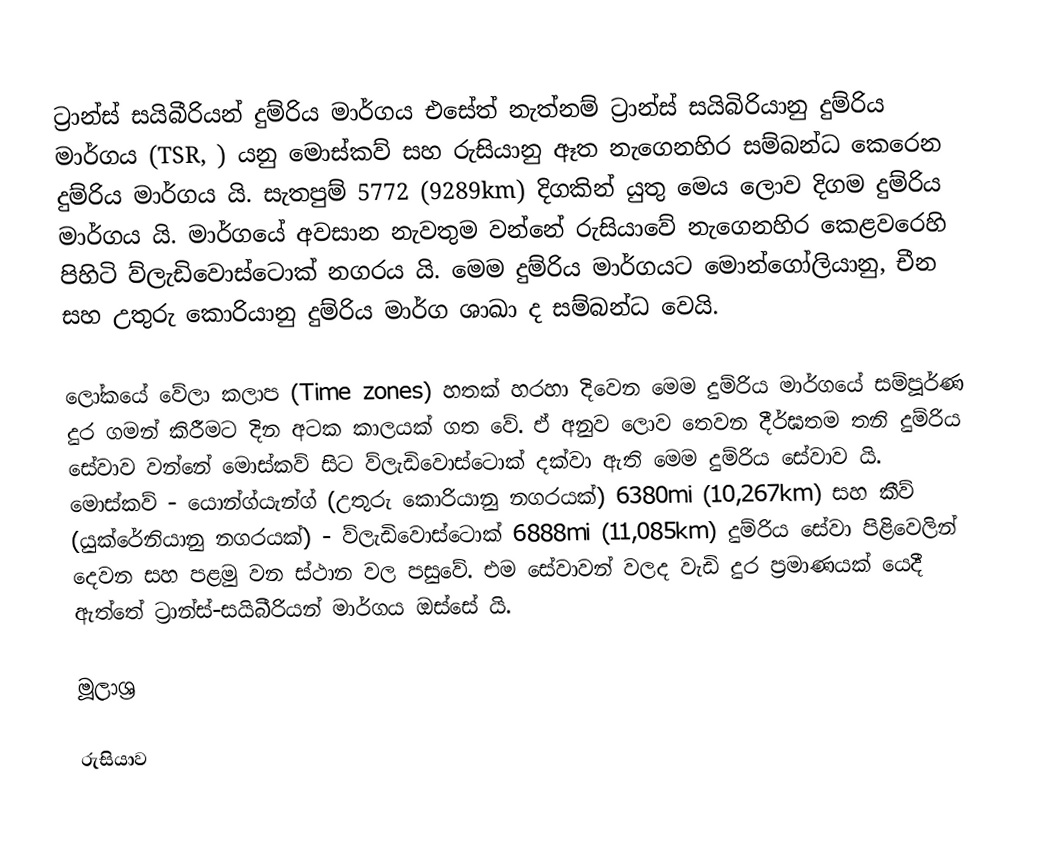
ට්‍රාන්ස් සයිබීරියන් දුම්රිය මාර්ගය එසේත් නැත්නම් ට්‍රාන්ස්‌ සයිබිරියානු දුම්රිය මාර්ගය (TSR, ) යනු මොස්කව් සහ රුසියානු ඈත නැගෙනහිර සම්බන්ධ කෙරෙන දුම්රිය මාර්ගය යි. සැතපුම් 5772 (9289km) දිගකින් යුතු මෙය ලොව දිගම දුම්රිය මාර්ගය යි. මාර්ගයේ අවසාන නැවතුම වන්නේ රුසියාවේ නැගෙනහිර කෙළවරෙහි පිහිටි ව්ලැඩිවොස්ටොක් නගරය යි. මෙම දුම්රිය මාර්ගයට මොන්ගෝලියානු, චීන සහ උතුරු කොරියානු දුම්රිය මාර්ග ශාඛා ද සම්බන්ධ වෙයි.

ලෝකයේ වේලා කලාප (Time zones) හතක් හරහා දිවෙන මෙම දුම්රිය මාර්ගයේ සම්පූර්ණ දුර ගමන් කිරීමට දින අටක කාලයක් ගත වේ. ඒ අනුව ලොව තෙවන දීර්ඝතම තනි දුම්රිය සේවාව වන්නේ මොස්කව් සිට ව්ලැඩිවොස්ටොක් දක්වා ඇති මෙම දුම්රිය සේවාව යි. මොස්කව් - යොන්ග්යැන්ග් (උතුරු කොරියානු නගරයක්) 6380mi (10,267km) සහ කීව් (යුක්රේනියානු නගරයක්) - ව්ලැඩිවොස්ටොක් 6888mi (11,085km) දුම්රිය සේවා පිළිවෙලින් දෙවන සහ පළමු වන ස්ථාන වල පසුවේ. එම සේවාවන් වලද වැඩි දුර ප්‍රමාණයක් යෙදී ඇත්තේ ට්‍රාන්ස්-සයිබීරියන් මාර්ගය ඔස්සේ යි.

මූලාශ්‍ර

රුසියාව